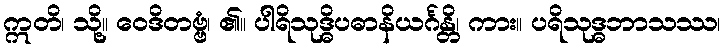
ဣတိ၊ သို့။ ဝေဒိတဗ္ဗံ၊ ၏။ ပါရိသုဒ္ဓိပဓာနိယင်္ဂန္တိ၊ ကား။ ပရိသုဒ္ဓဘာသဿ၊